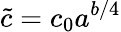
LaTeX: \tilde{c}=c_{0}a^{b/4}